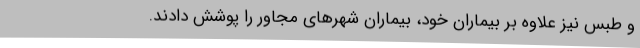
و طبس نیز علاوه بر بیماران خود، بیماران شهرهای مجاور را پوشش دادند.